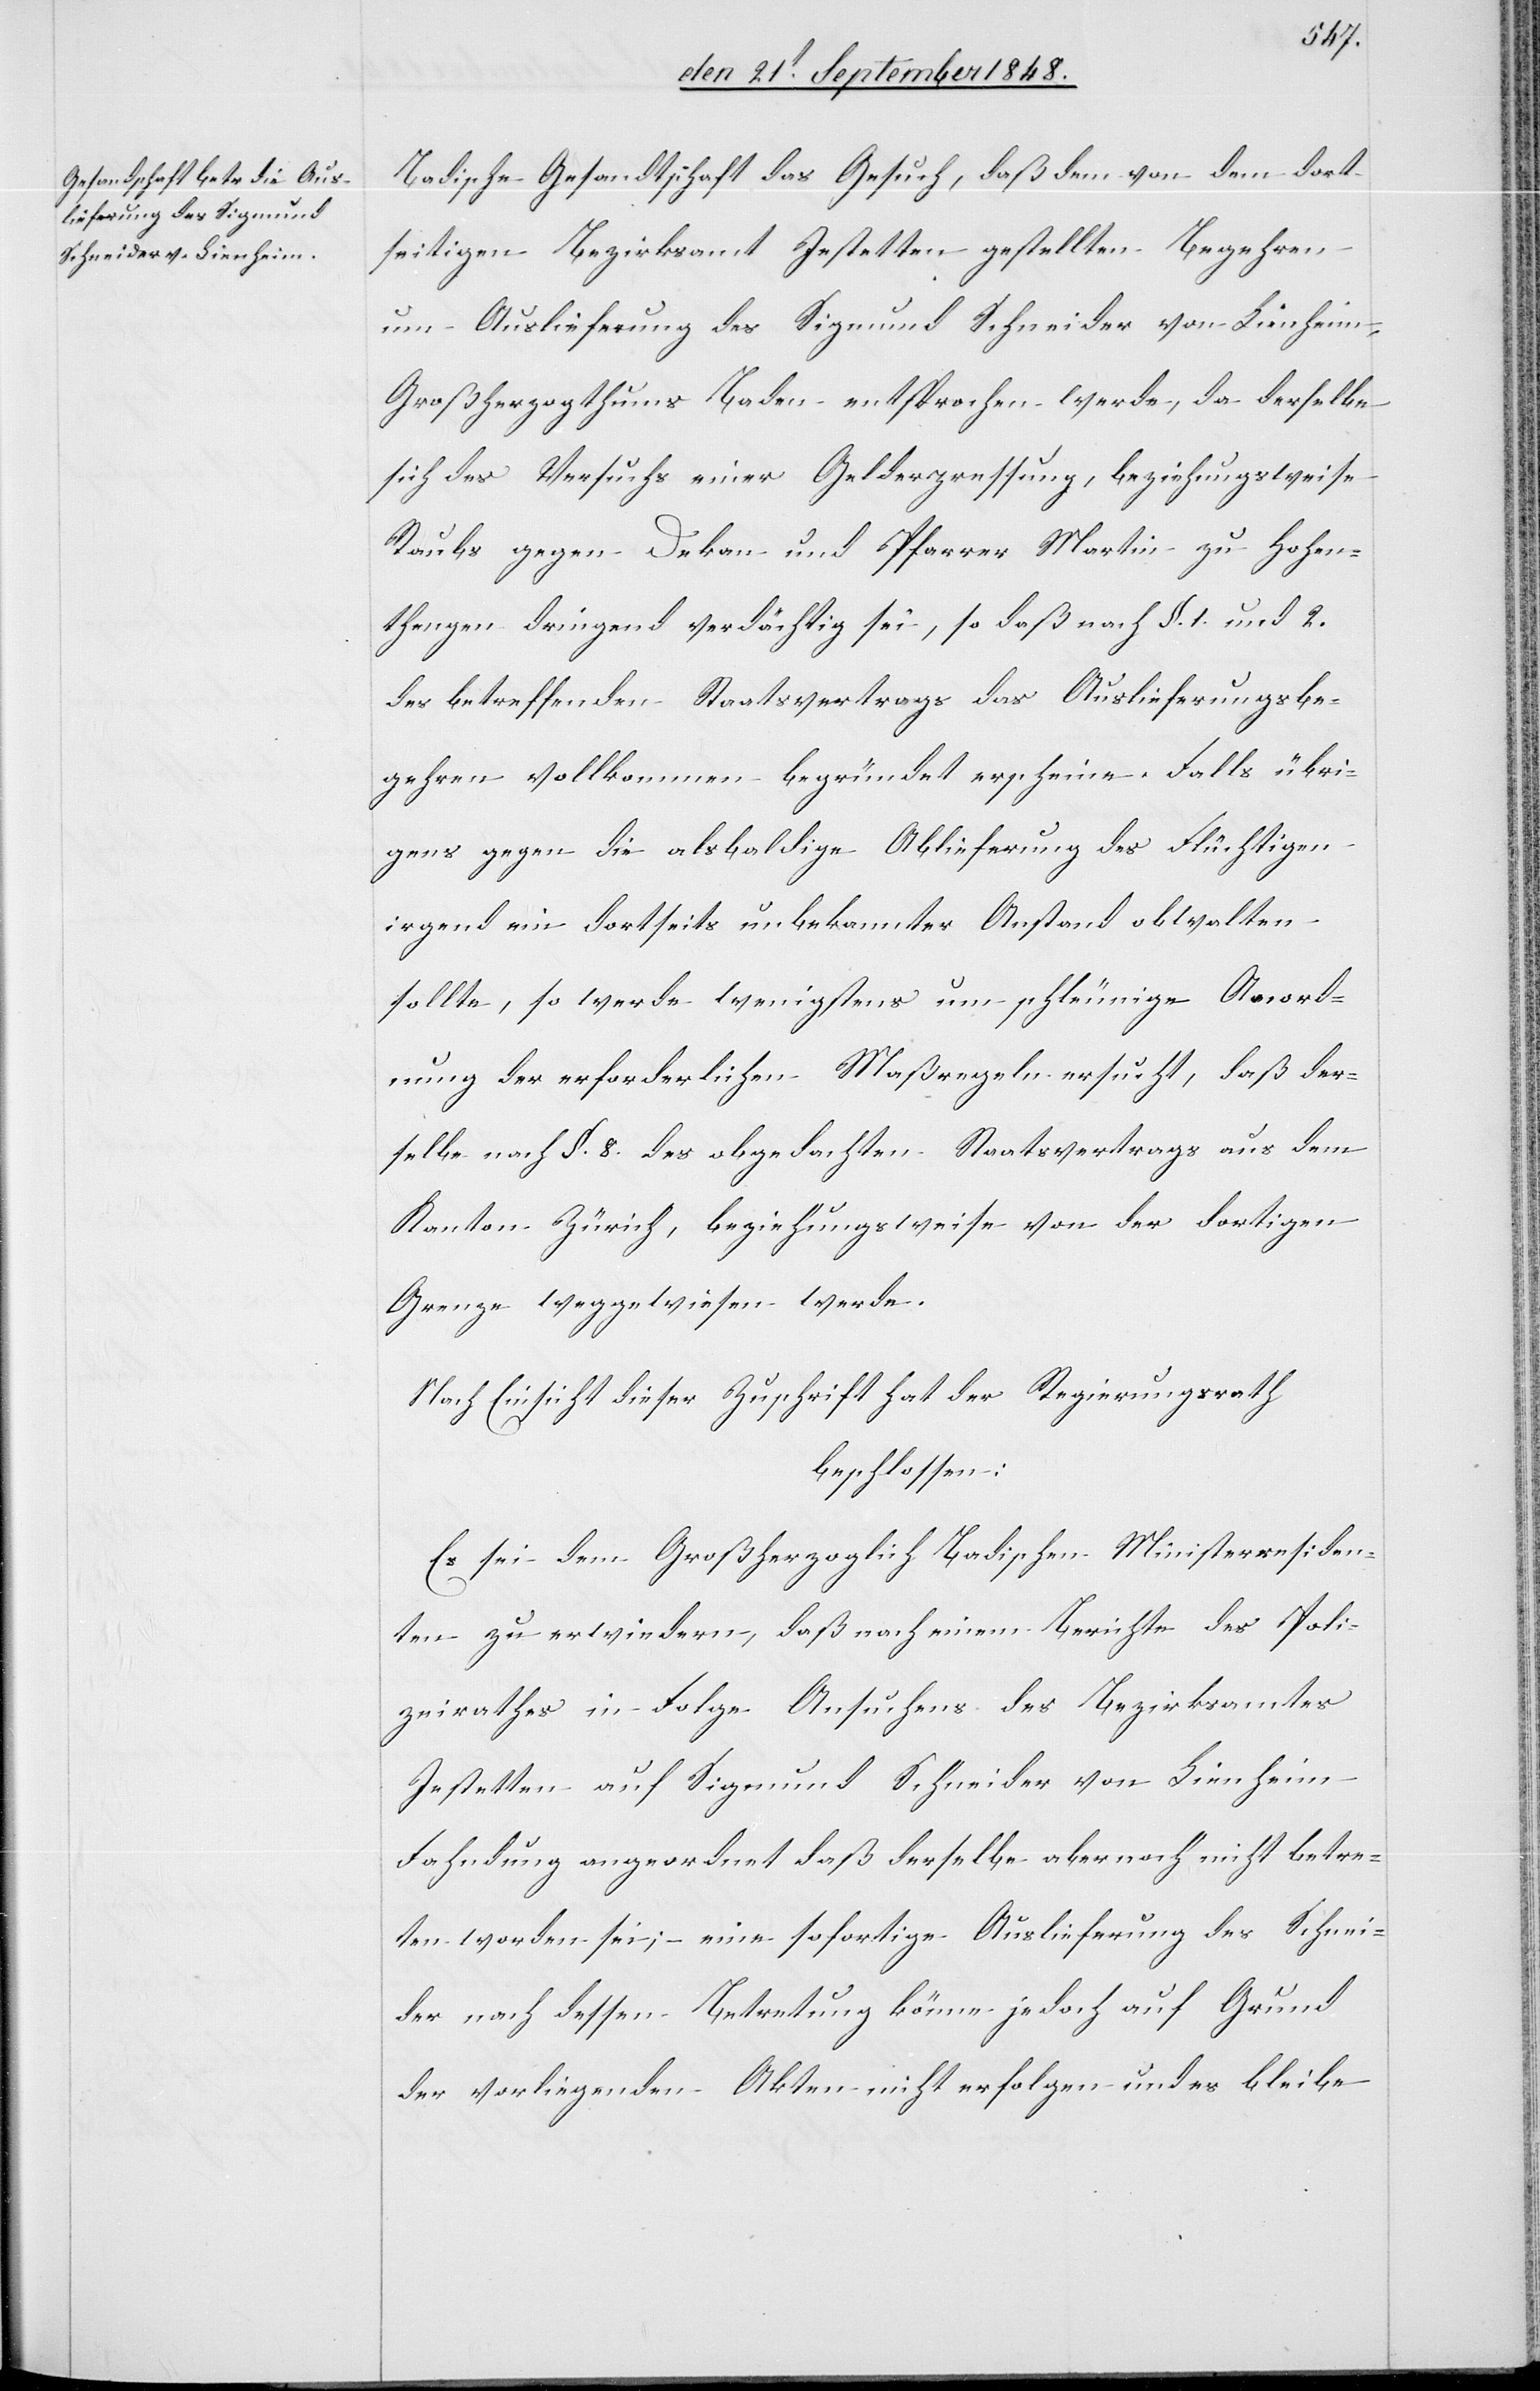
Badische Gesandtschaft das Gesuch, daß dem von dem dort¬
seitigen Bezirksamt Jestetten gestellten Begehren
um Auslieferung des Sigmund Schneider von Lienheim,
Großherzogthums Baden entsprochen werde, da derselbe
sich des Versuchs einer Gelderpressung, beziehungsweise
Raubs gegen Dekan und Pfarrer Martin zu Hohen¬
thengen dringend verdächtig sei, so daß nach §. 1. und 2.
des betreffenden Staatsvertrags das Auslieferungsbe¬
gehren vollkommen begründet erscheine. Fall übri¬
gens gegen die alsbaldige Ablieferung des Flüchtigen
irgend ein dortseits unbekannter Anstand obwalten
sollte, so werde wenigstens um schleunige Anord¬
nung der erforderlichen Maßregeln ersucht, daß der¬
selbe nach §. 8. des obgedachten Staatsvertrags aus dem
Kanton Zürich beziehungsweise von der dortigen
Grenze weggewiesen werde.
Nach Einsicht dieser Zuschrift hat der Regierungsrath
beschlossen:
Es sei dem Großherzoglich Badischen Ministerresiden¬
ten zu erwiedern, daß nach einem Berichte des Poli¬
zeirathes in Folge Ansuchens des Bezirksamtes
Jestetten auf Sigmund Schneider von Lienheim
Fahndung angeordnet daß derselbe aber noch nicht betre¬
ten worden sei, – eine sofortige Auslieferung des Schnei¬
der nach dessen Betretung könne jedoch auf Grund
der vorliegenden Akten nicht erfolgen und es bleibe